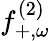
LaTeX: f_{+,\omega}^{(2)}